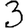
Digit: 3